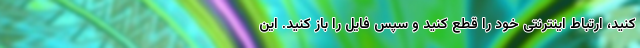
کنید، ارتباط اینترنتی خود را قطع کنید و سپس فایل را باز کنید. این